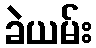
ခဲယမ်း